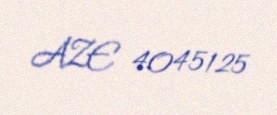
AZE 4045125